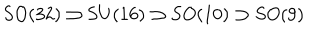
LaTeX: S O ( 3 2 ) \supset S U ( 1 6 ) \supset S O ( 1 0 ) \supset S O ( 9 )